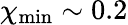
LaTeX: \chi_{\mathrm{min}}\sim 0.2